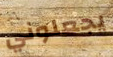
يجعلوني